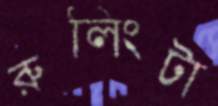
রুলিংটা